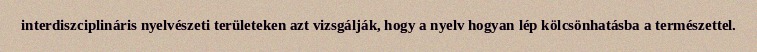
interdiszciplináris nyelvészeti területeken azt vizsgálják, hogy a nyelv hogyan lép kölcsönhatásba a természettel.